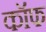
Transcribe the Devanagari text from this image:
कॉफ